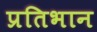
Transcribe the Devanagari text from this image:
प्रतिभान